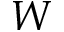
W